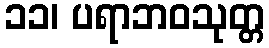
၁၁၊ ပရာဘဝသုတ္တ